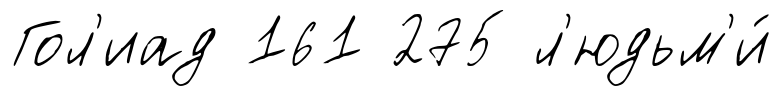
Гол'иад 161 275 л'юдьм'и́